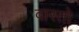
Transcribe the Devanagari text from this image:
वास्तो